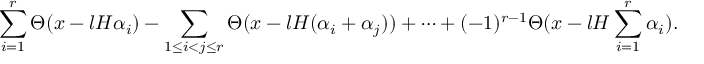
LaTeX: \sum _ { i = 1 } ^ { r } \Theta ( x - l H \alpha _ { i } ) - \sum _ { 1 \le i < j \le r } \Theta ( x - l H ( \alpha _ { i } + \alpha _ { j } ) ) + \cdots + ( - 1 ) ^ { r - 1 } \Theta ( x - l H \sum _ { i = 1 } ^ { r } \alpha _ { i } ) .